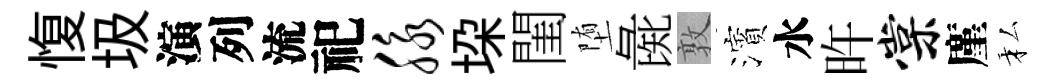
愎圾演列流祀脉垜閨堕彘敦濱水旿棠廑私